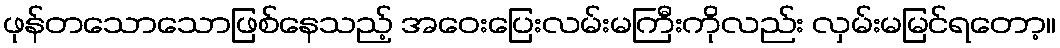
ဖုန်တသောသောဖြစ်နေသည့် အဝေးပြေးလမ်းမကြီးကိုလည်း လှမ်းမမြင်ရတော့။